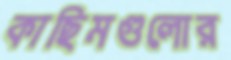
কাছিমগুলোর